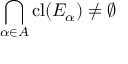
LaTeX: \bigcap _ { \alpha \in A } \operatorname { c l } ( E _ { \alpha } ) \neq \varnothing